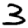
Digit: 3